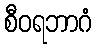
စီဝရဘာဂံ